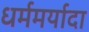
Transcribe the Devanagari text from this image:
धर्ममर्यादा